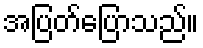
အပြတ်ပြောသည်။